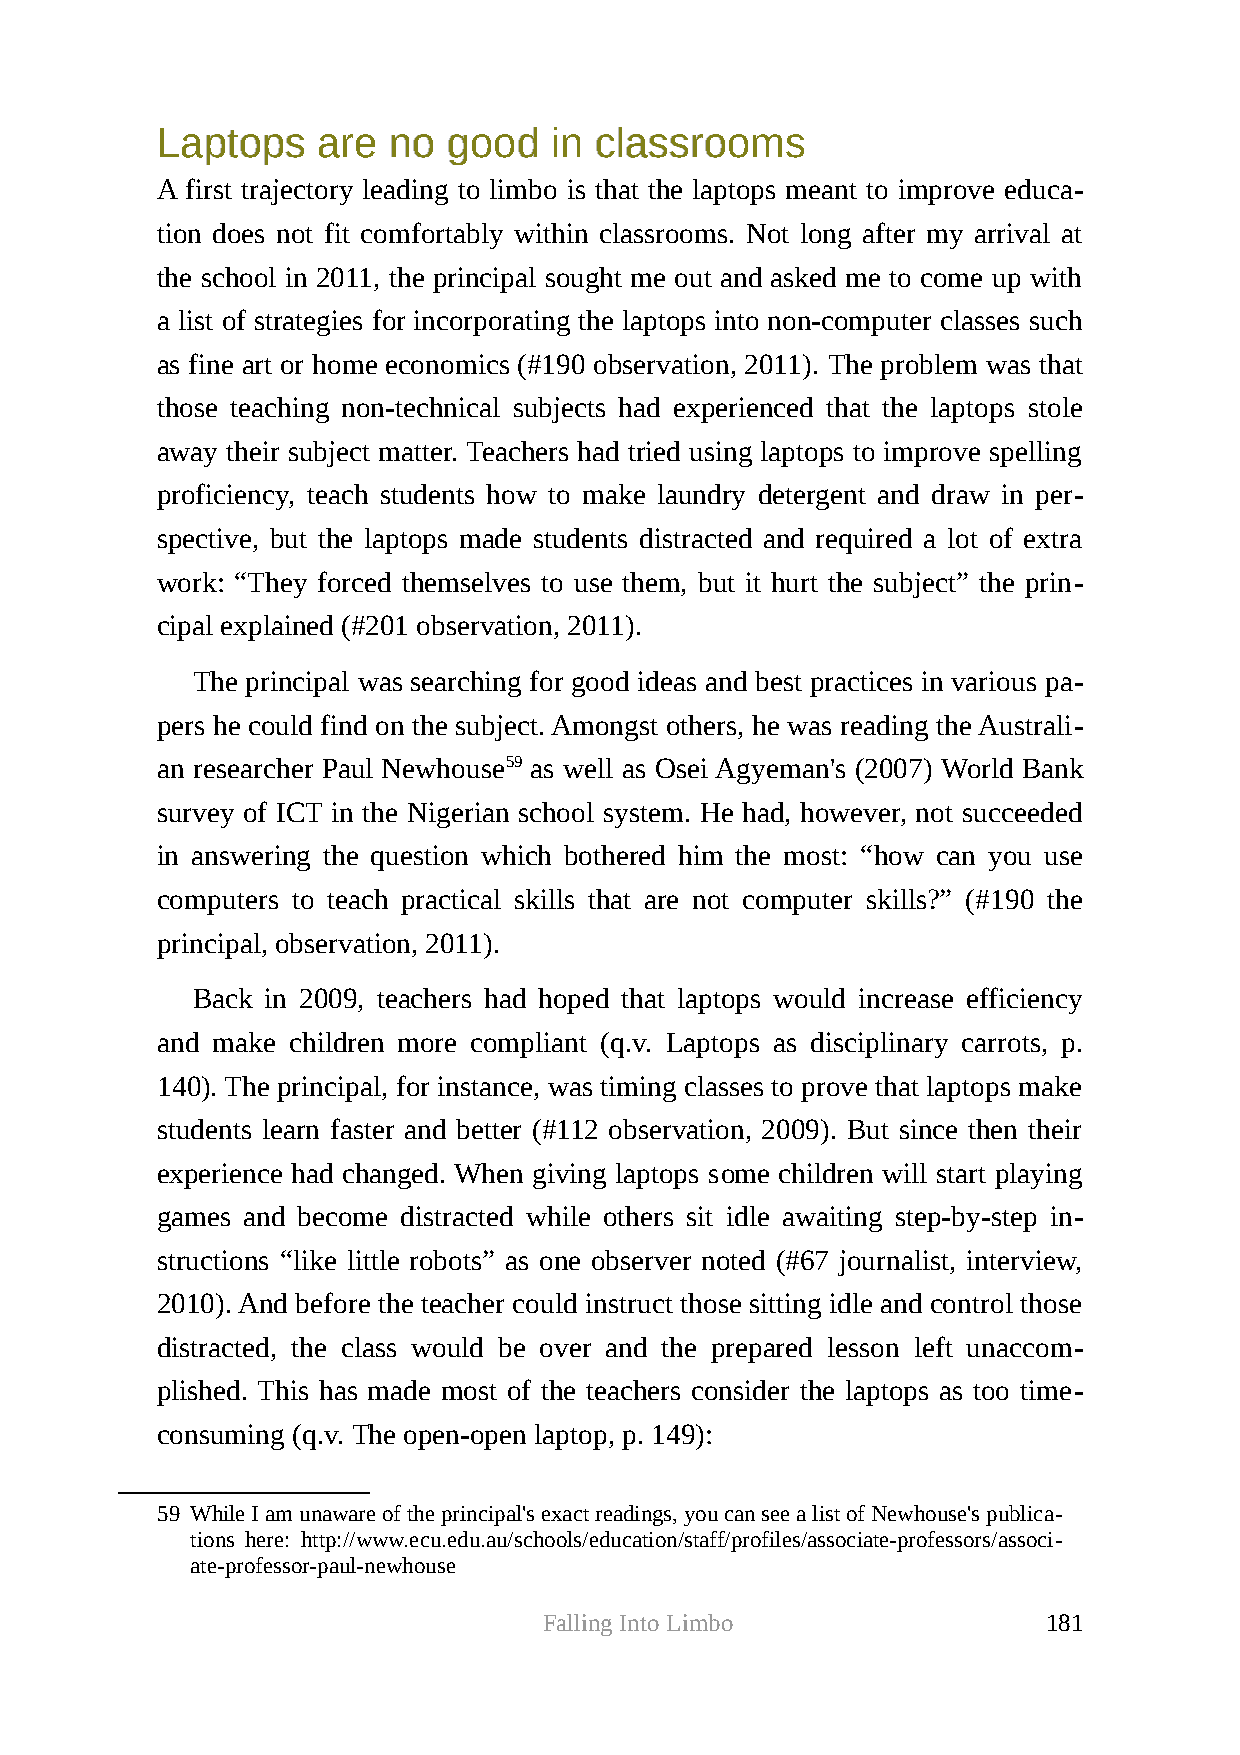
LLaappttooppss aarree nnoo ggoooodd iinn ccllaassssrroooommss
 A first trajectory leading to limbo is that the laptops meant to improve educa-
 tion does not fit comfortably within classrooms. Not long after my arrival at
 the school in 2011, the principal sought me out and asked me to come up with
 a list of strategies for incorporating the laptops into non-computer classes such
 as fine art or home economics (#190 observation, 2011). The problem was that
 those teaching non-technical subjects had experienced that the laptops stole
 away their subject matter. Teachers had tried using laptops to improve spelling
 proficiency, teach students how to make laundry detergent and draw in per-
 spective, but the laptops made students distracted and required a lot of extra
 work: “They forced themselves to use them, but it hurt the subject” the prin-
 cipal explained (#201 observation, 2011).
 The principal was searching for good ideas and best practices in various pa-
 pers he could find on the subject. Amongst others, he was reading the Australi-
 an researcher Paul Newhouse59 as well as Osei Agyeman's (2007) World Bank
 survey of ICT in the Nigerian school system. He had, however, not succeeded
 in answering the question which bothered him the most: “how can you use
 computers to teach practical skills that are not computer skills?” (#190 the
 principal, observation, 2011).
 Back in 2009, teachers had hoped that laptops would increase efficiency
 and make children more compliant (q.v. Laptops as disciplinary carrots, p.
 140). The principal, for instance, was timing classes to prove that laptops make
 students learn faster and better (#112 observation, 2009). But since then their
 experience had changed. When giving laptops some children will start playing
 games and become distracted while others sit idle awaiting step-by-step in-
 structions “like little robots” as one observer noted (#67 journalist, interview,
 2010). And before the teacher could instruct those sitting idle and control those
 distracted, the class would be over and the prepared lesson left unaccom-
 plished. This has made most of the teachers consider the laptops as too time-
 consuming (q.v. The open-open laptop, p. 149):
 59 While I am unaware of the principal's exact readings, you can see a list of Newhouse's publica-
 tions here: http://www.ecu.edu.au/schools/education/staff/profiles/associate-professors/associ-
 ate-professor-paul-newhouse
 Falling Into Limbo               181